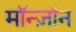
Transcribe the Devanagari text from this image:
मॉन्ज़ॉन